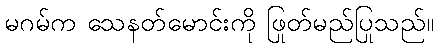
မဂမ်က သေနတ်မောင်းကို ဖြုတ်မည်ပြုသည်။